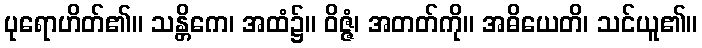
ပုရောဟိတ်၏။ သန္တိကေ၊ အထံ၌။ ဝိဇ္ဇံ၊ အတတ်ကို။ အဓိယေတိ၊ သင်ယူ၏။